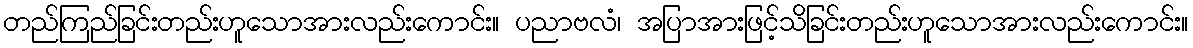
တည်ကြည်ခြင်းတည်းဟူသောအားလည်းကောင်း။ ပညာဗလံ၊ အပြာအားဖြင့်သိခြင်းတည်းဟူသောအားလည်းကောင်း။